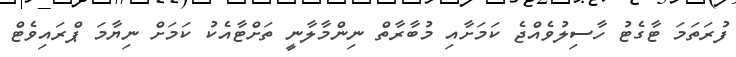
ފުރަތަމަ ޓާގެޓު ހާސިލުވެއްޖެ ކަމަށާއި މުބާރާތް ނިންމާލާނީ ތަށްޓާއެކު ކަމަށް ނިޔާމަ ޕްރައިވެޓް